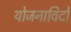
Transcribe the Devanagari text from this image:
योजनाविदों